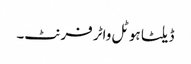
ڈیلٹا ہوٹل واٹر فرنٹ۔